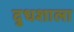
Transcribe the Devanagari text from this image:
दुधशाला